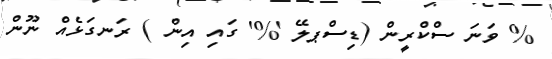
% ވަނަ ސްކްރީން (ޑިސްޕލޭ '%' ގައި އިން ) ރަނގަޅެއް ނޫން